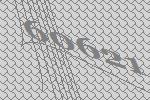
60621